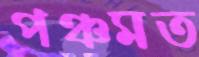
পঞ্চমত